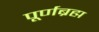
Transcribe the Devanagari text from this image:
पूर्णब्रह्म